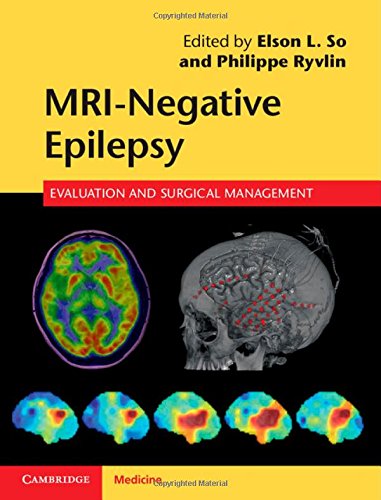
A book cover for MRI-Negative Epilepsy: Evaluation and Surgical Management; Health, Fitness & Dieting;